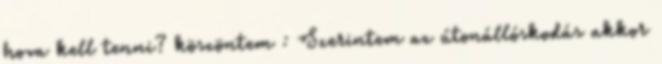
hova kell tenni? köszöntem : Szerintem az útonállóskodás akkor